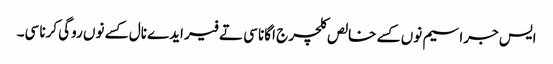
ایس جراسیم نوں کسے خالص کلچر ج اگانا سی تے فیر ایدے نال کسے نوں روگی کرنا سی۔